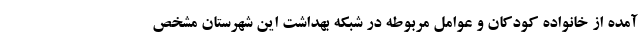
آمده از خانواده کودکان و عوامل مربوطه در شبکه بهداشت این شهرستان مشخص